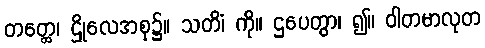
တတ္ထေ၊ ဌိုလေအစု၌။ သတိံ၊ ကို။ ဌပေတွာ၊ ၍။ ဝါတမာလုတ